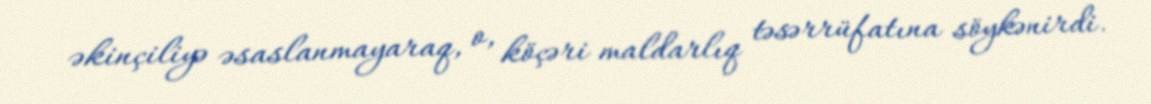
əkinçiliyə əsaslanmayaraq, o, köçəri maldarlıq təsərrüfatına söykənirdi.